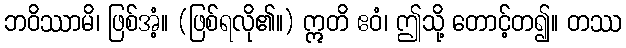
ဘဝိဿာမိ၊ ဖြစ်အံ့။ (ဖြစ်ရလို၏။) ဣတိ ဧဝံ၊ ဤသို့ တောင့်တ၍။ တဿ